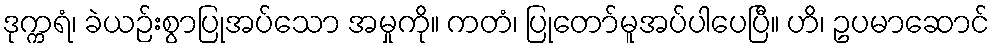
ဒုက္ကရံ၊ ခဲယဉ်းစွာပြုအပ်သော အမှုကို။ ကတံ၊ ပြုတော်မူအပ်ပါပေပြီ။ ဟိ၊ ဥပမာဆောင်